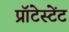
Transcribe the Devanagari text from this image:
प्रॉटेस्टेंट